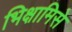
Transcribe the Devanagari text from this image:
भिक्षामिसे